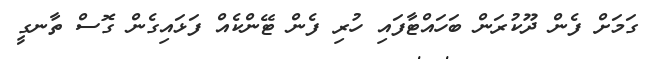
ގަމަށް ފެން ދޫކުރަން ބަހައްޓާފައި ހުރި ފެން ޓޭންކެއް ފަޅައިގެން ގޮސް ތާނގީ